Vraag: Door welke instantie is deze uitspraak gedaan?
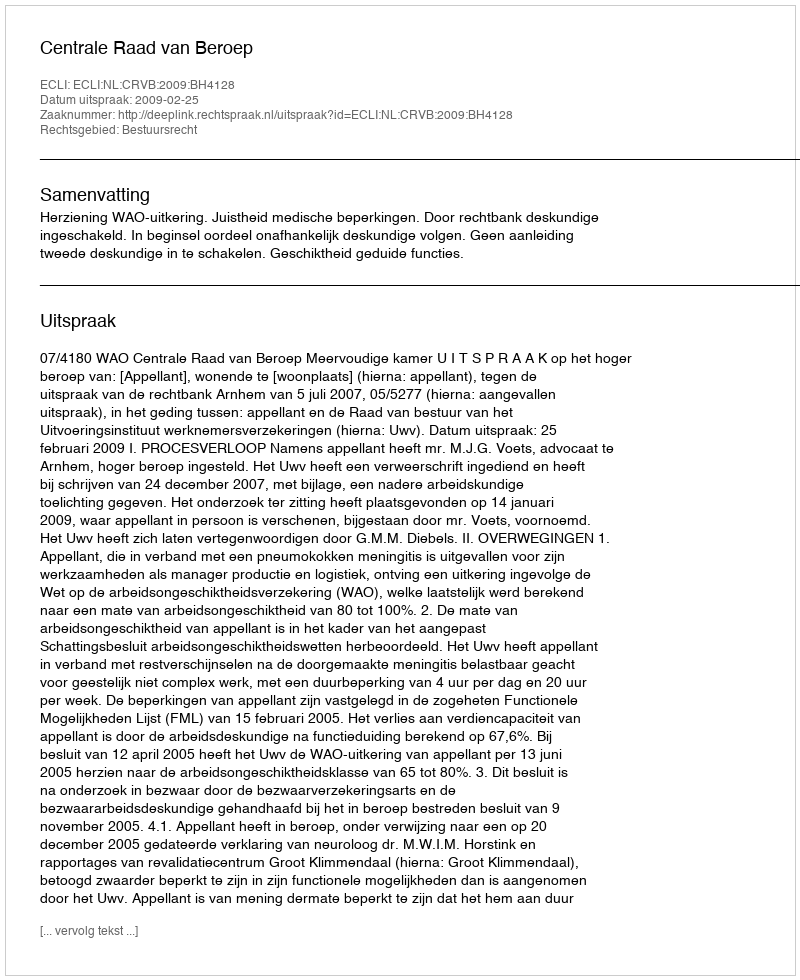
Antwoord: Centrale Raad van Beroep